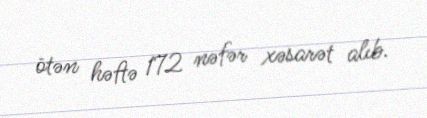
ötən həftə 172 nəfər xəsarət alıb.